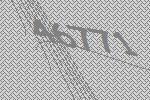
46771